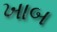
ખાબ